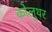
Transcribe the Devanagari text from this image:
कोलुथर